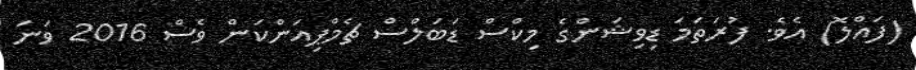
(ފައްލޮ) އެވެ. ފުރަތަމަ ޑިވިޝަންގެ މިކްސް ޑަބަލްސް ޗެމްޕިއަންކަން ވެސް 2016 ވަނަ